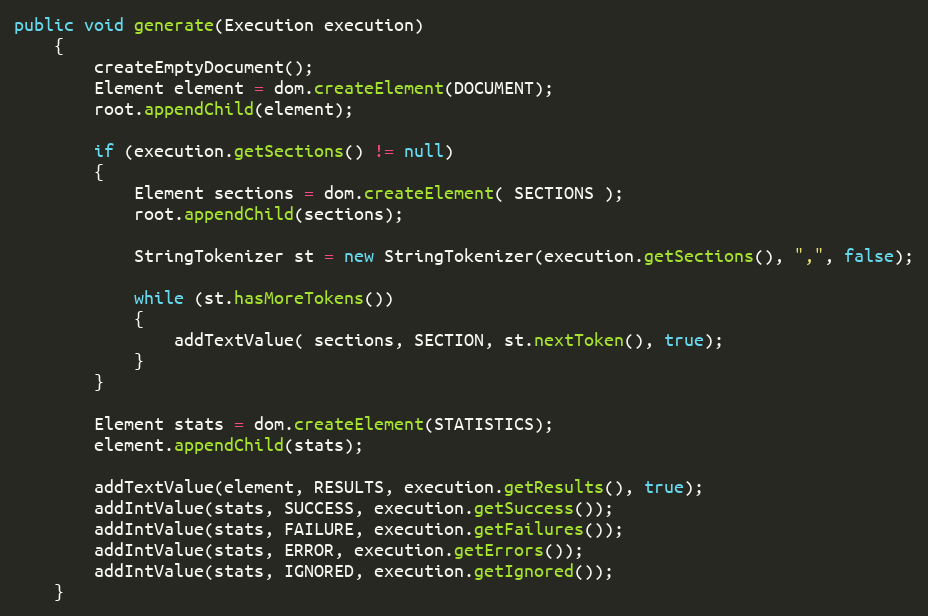
Language: Java
public void generate(Execution execution)
	{
		createEmptyDocument();
		Element element = dom.createElement(DOCUMENT);
		root.appendChild(element);

		if (execution.getSections() != null)
		{
			Element sections = dom.createElement( SECTIONS );
			root.appendChild(sections);

			StringTokenizer st = new StringTokenizer(execution.getSections(), ",", false);

			while (st.hasMoreTokens())
			{
				addTextValue( sections, SECTION, st.nextToken(), true);
			}
		}

		Element stats = dom.createElement(STATISTICS);
		element.appendChild(stats);

		addTextValue(element, RESULTS, execution.getResults(), true);
		addIntValue(stats, SUCCESS, execution.getSuccess());
		addIntValue(stats, FAILURE, execution.getFailures());
		addIntValue(stats, ERROR, execution.getErrors());
		addIntValue(stats, IGNORED, execution.getIgnored());
	}